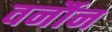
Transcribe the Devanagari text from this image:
वर्नौन